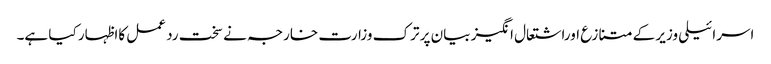
اسرائیلی وزیر کے متنازع اوراشتعال انگیز بیان پر ترک وزارت خارجہ نے سخت رد عمل کااظہار کیا ہے۔